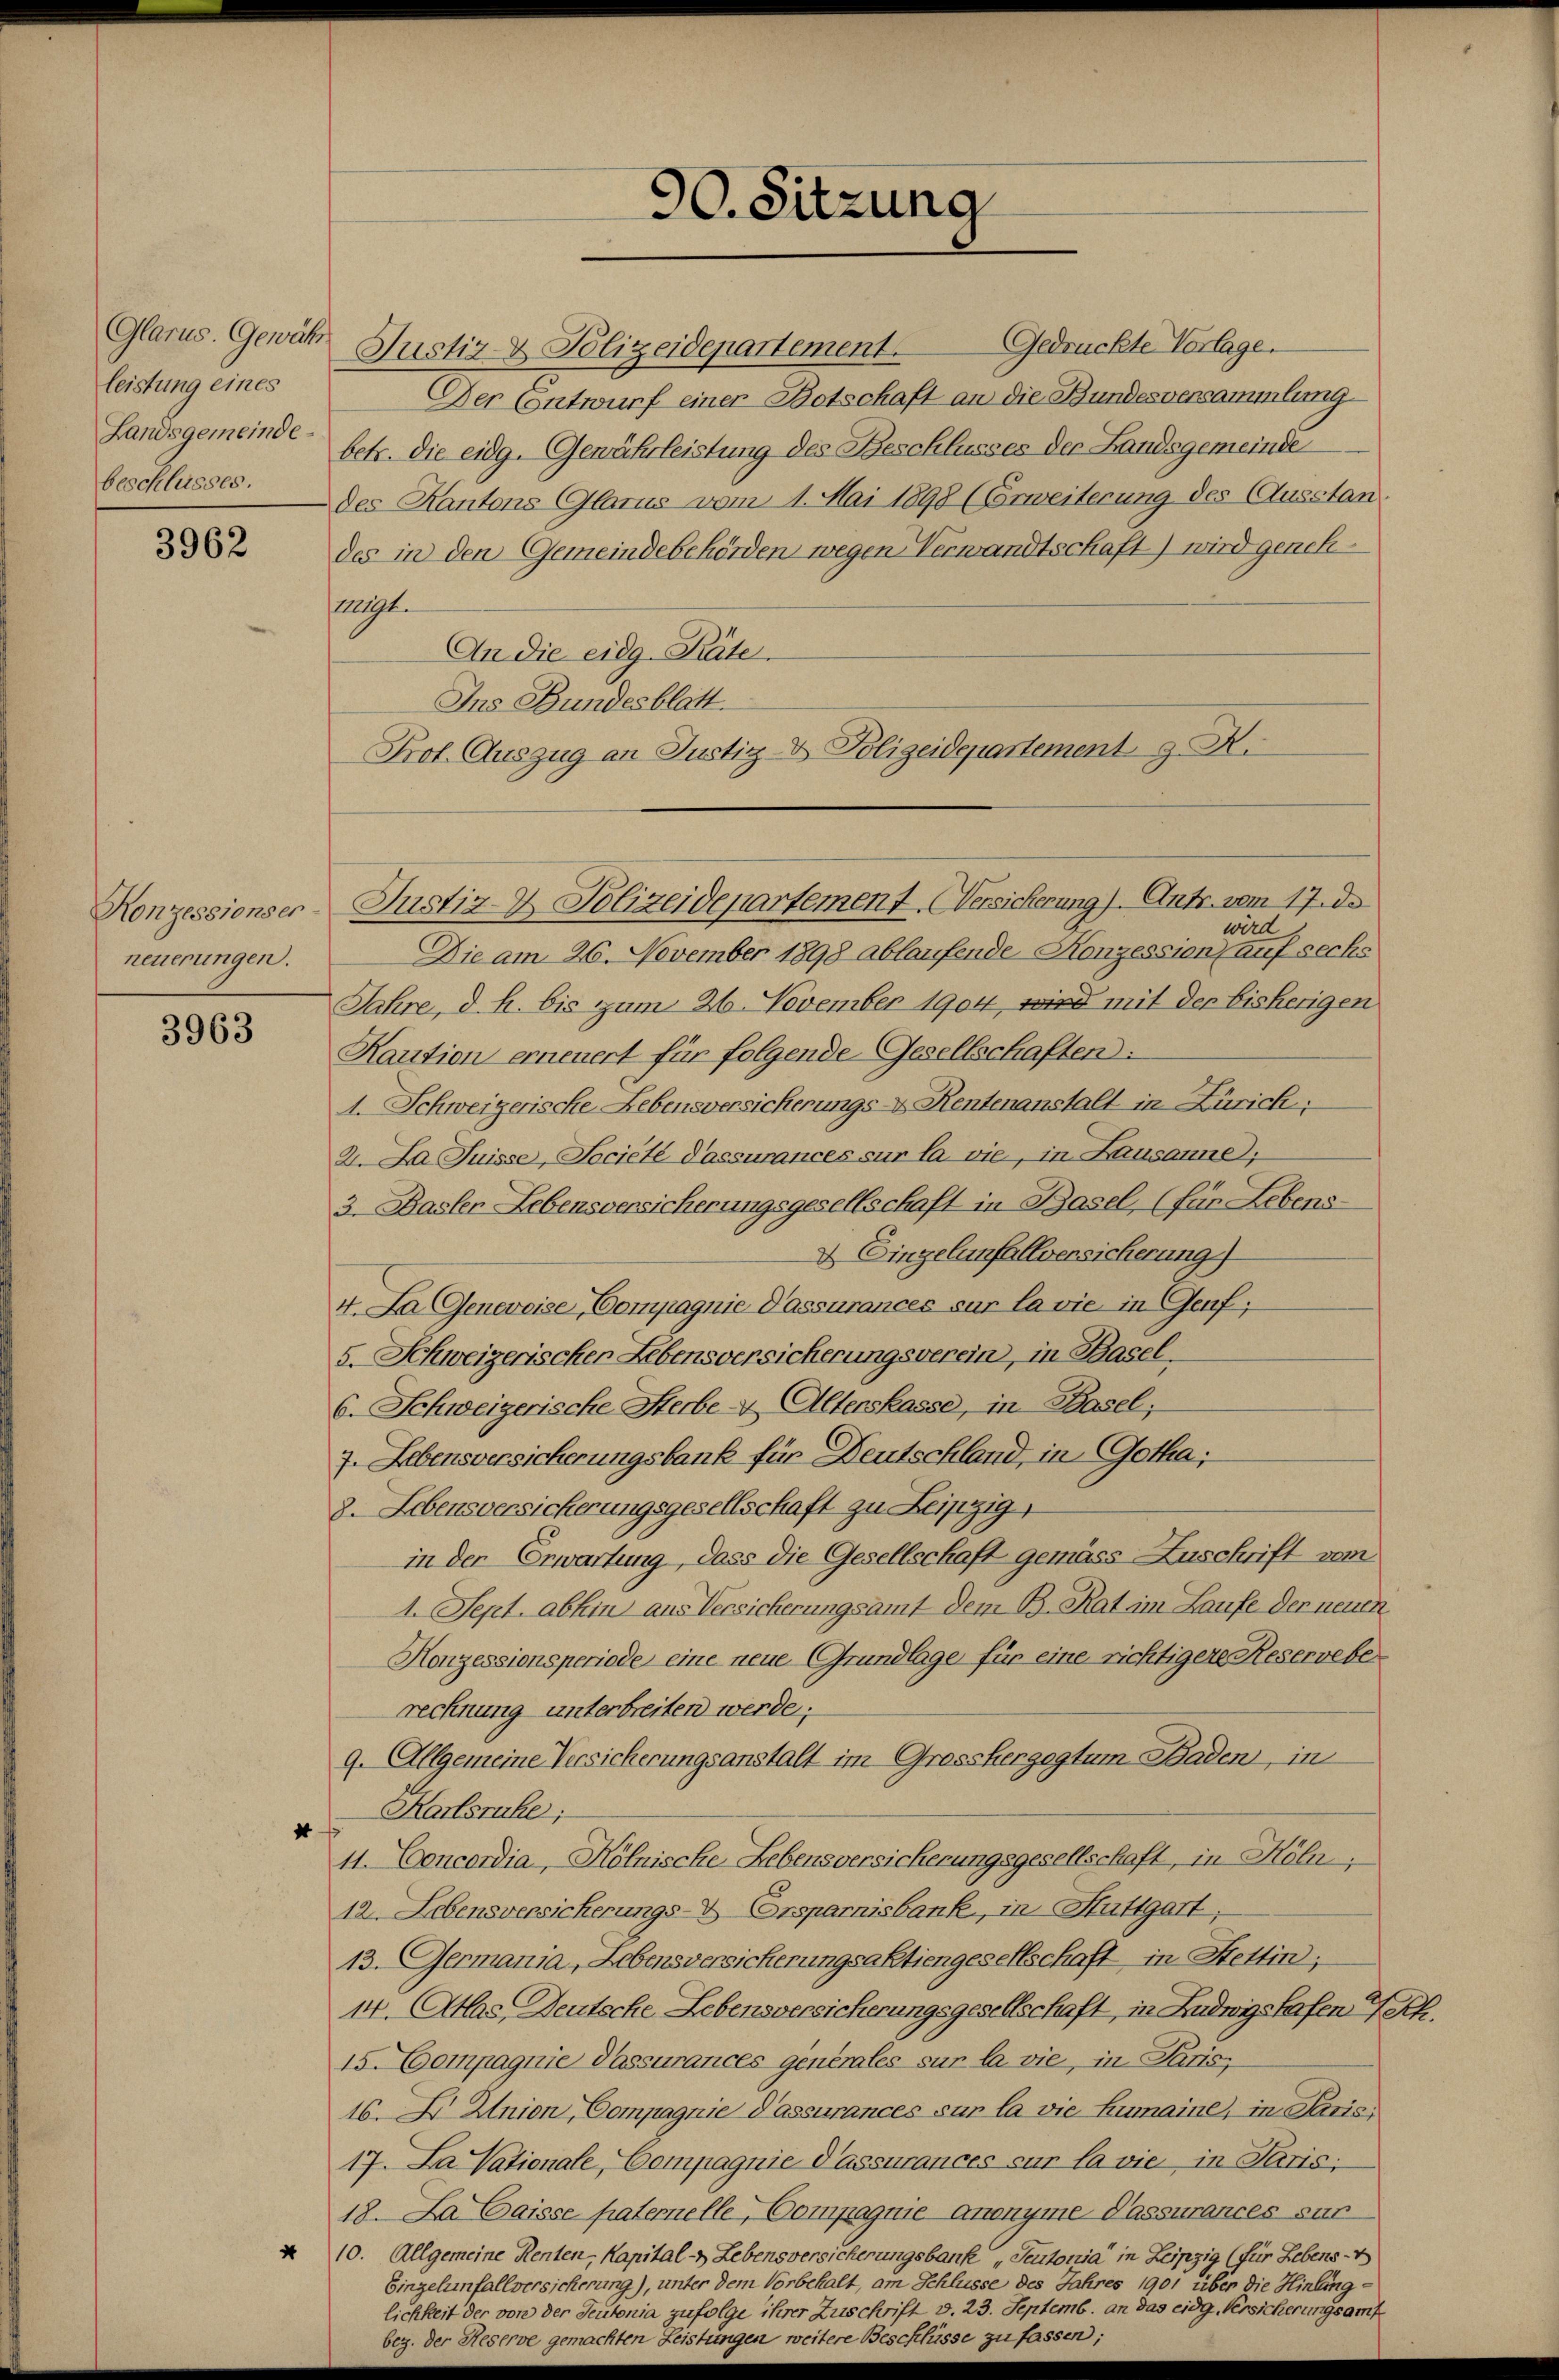
Glarus. Gewäh
leistung eines
Landsgemeinde-
beschlusses.

3962

neuerungen.

3963

Gedrückte Vorlage.
Justiz- & Polizeidepartement.
Der Entwurf einer Botschaft an die Bundesversammlung
betr. die eidg. Gewährleistung des Beschlusses der Landsgemeinde
des Kantons Glarus vom 1. Mai 1898 (Corweiterung des Ausstandes in den Gemeindebehörden wegen Verwandtschaft) wird genehgt.
An die eidg. Räte.
Ins Bundesblatt.
Prof. Auszug an Justiz- & Polizeidepartement J. A.

Konzessionser Justiz- & Polizeidepartement Versicherung). Antr. vom 17. de
wird
Die am 26. November 1898 ablaufende Konzession auf sechs
Jahre, d. h. bis zum 26. November 1904, wird mit der bisherigen
Kaution erneuert für folgende Gesellschaften:
1. Schweizerische Lebensversicherungs- & Rentenanstalt in Zürich:
2. La Suisse, Société d’assurances sur la vie, in Lausanne;
3. Basler Lebensversicherungsgesellschaft in Basel, (für Lebens-
2. Eingelunfallversicherung
4. La Genevoise, Compagnie Passurances sur la vie, in Genf;
5. Schweizerischer Lebensversicherungsverein, in Basel,
6. Schweizerische Herbe - Alterskasse, in Basel;
7. Lebensversicherungsbank für Deutschland, in Gotha,
8. Lebensversicherungsgesellschaft zu Leipzig,
in der Erwartung, dass die Gesellschaft gemäss Zuschrift vom
1. Sept. abhin aus Versicherungsamt dem B. Rat im Laufe der neuen
Honzessionsperiode eine neue Grundlage für eine richtigere Reservebe
rechnung unterbreiten werde;
9. Allgemeine Versicherungsanstalt im Grossbergogtum Baden, in
u Karlsruhe,
11. Concordia, Kölnische Lebensversicherungsgesellschaft, in Hölen,
12. Lebensversicherungs- & Ersparnisbank, in Stuttgart,
13. Germania, Lebensversicherungsaktiengesellschaft in Stettin;
14. Atlas, Deutsche Lebensversicherungsgesellschaft, in Ludwigshafen Ferk.
15. Compagnie Passurances generales sur la vie, in Paris;
16. X. Knien, Compagnie Passurances sur la vie Humaine, in Kris
17. La Vationale, Compagnie Passurances sur la vie in Paris;
18. La Caisse paternelle, Compagnie anonyme Passurances sur
 10. Allgemeine Renten, Kapital- Lebensversicherungsbank „Teutonia" in Leipzig (für Lebens-V
Eingelunfallversicherung), unter dem Vorbehalt, am Schlüsse des Jahres 1901 über die Hinling-
lichkeit der von der Teutonia zufolge ihrer Zuschrift v. 23. Septemb. an das eidg. Versicherungsamt

90. Sitzung